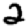
Digit: 2